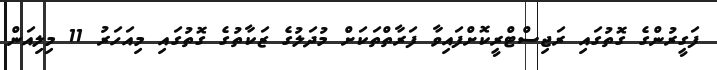
ފަގީރުންގެ ގޮތުގައި ރަޖިސްޓްރީކޮށްފައިވާ ފަރާތްތަކަށް މުދަލުގެ ޒަކާތުގެ ގޮތުގައި މިއަހަރު 11 މިލިއަން